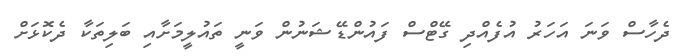
ދެހާސް ވަނަ އަހަރު އުފެއްދި ގޭޓްސް ފައުންޑޭޝަނުން ވަނީ ތައުލީމަަށާއި ބަލިތަކާ ދެކޮޅަށް